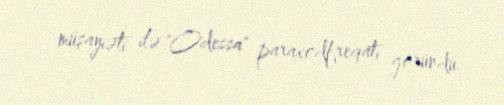
müşayiəti ilə "Odessa" paraxodfreqatı göründü.